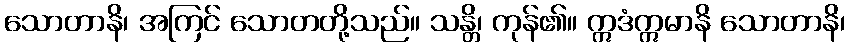
သောတာနိ၊ အကြင် သောတတို့သည်။ သန္တိ၊ ကုန်၏။ ဣဒံဣမာနိ သောတာနိ၊